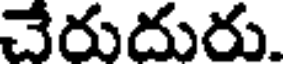
చేరుదురు.